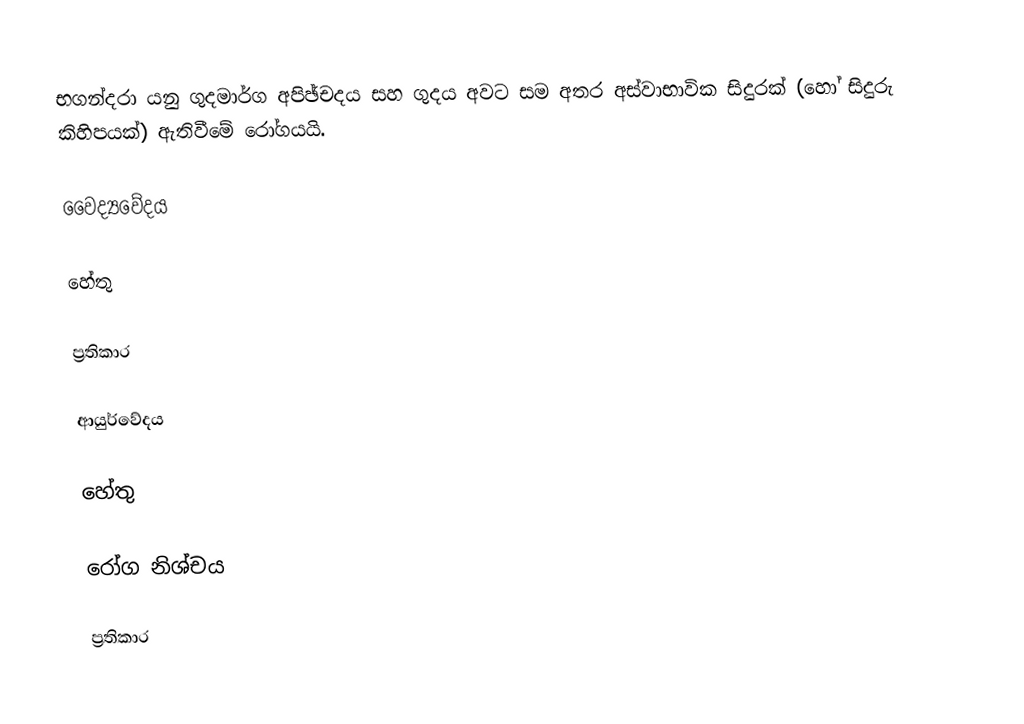
භගන්දරා යනු ගුදමාර්ග අපිඡ්චදය සහ ගුදය අවට සම අතර අස්වාභාවික සිදුරක් (හෝ සිදුරු කිහිපයක්) ඇතිවීමේ රෝගයයි.

වෛද්‍යවේදය

හේතු

ප්‍රතිකාර

ආයුර්වේදය

හේතු

රෝග නිශ්චය

ප්‍රතිකාර